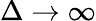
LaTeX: \Delta\to\infty